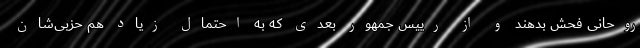
روحانی فحش بدهند و از رییس جمهور بعدی که به احتمال زیاد هم حزبی‌شان